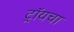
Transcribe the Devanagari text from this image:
ट्रॉयचा